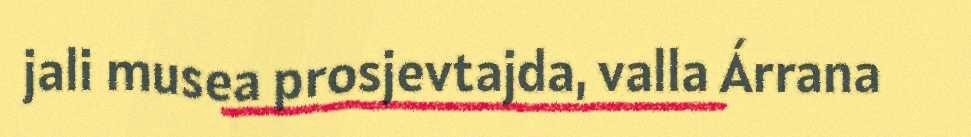
jali musea prosjevtajda, valla Árrana